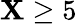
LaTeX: \mathbf{X}\ge5